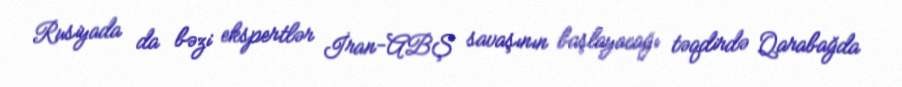
Rusiyada da bəzi ekspertlər İran-ABŞ savaşının başlayacağı təqdirdə Qarabağda